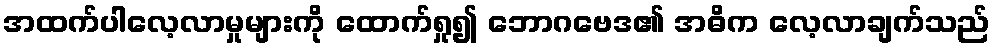
အထက်ပါလေ့လာမှုများကို ထောက်ရှု၍ ဘောဂဗေဒ၏ အဓိက လေ့လာချက်သည်